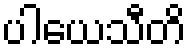
ပါယေသီတိ